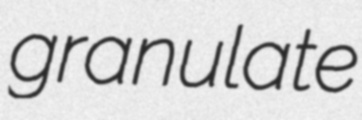
granulate